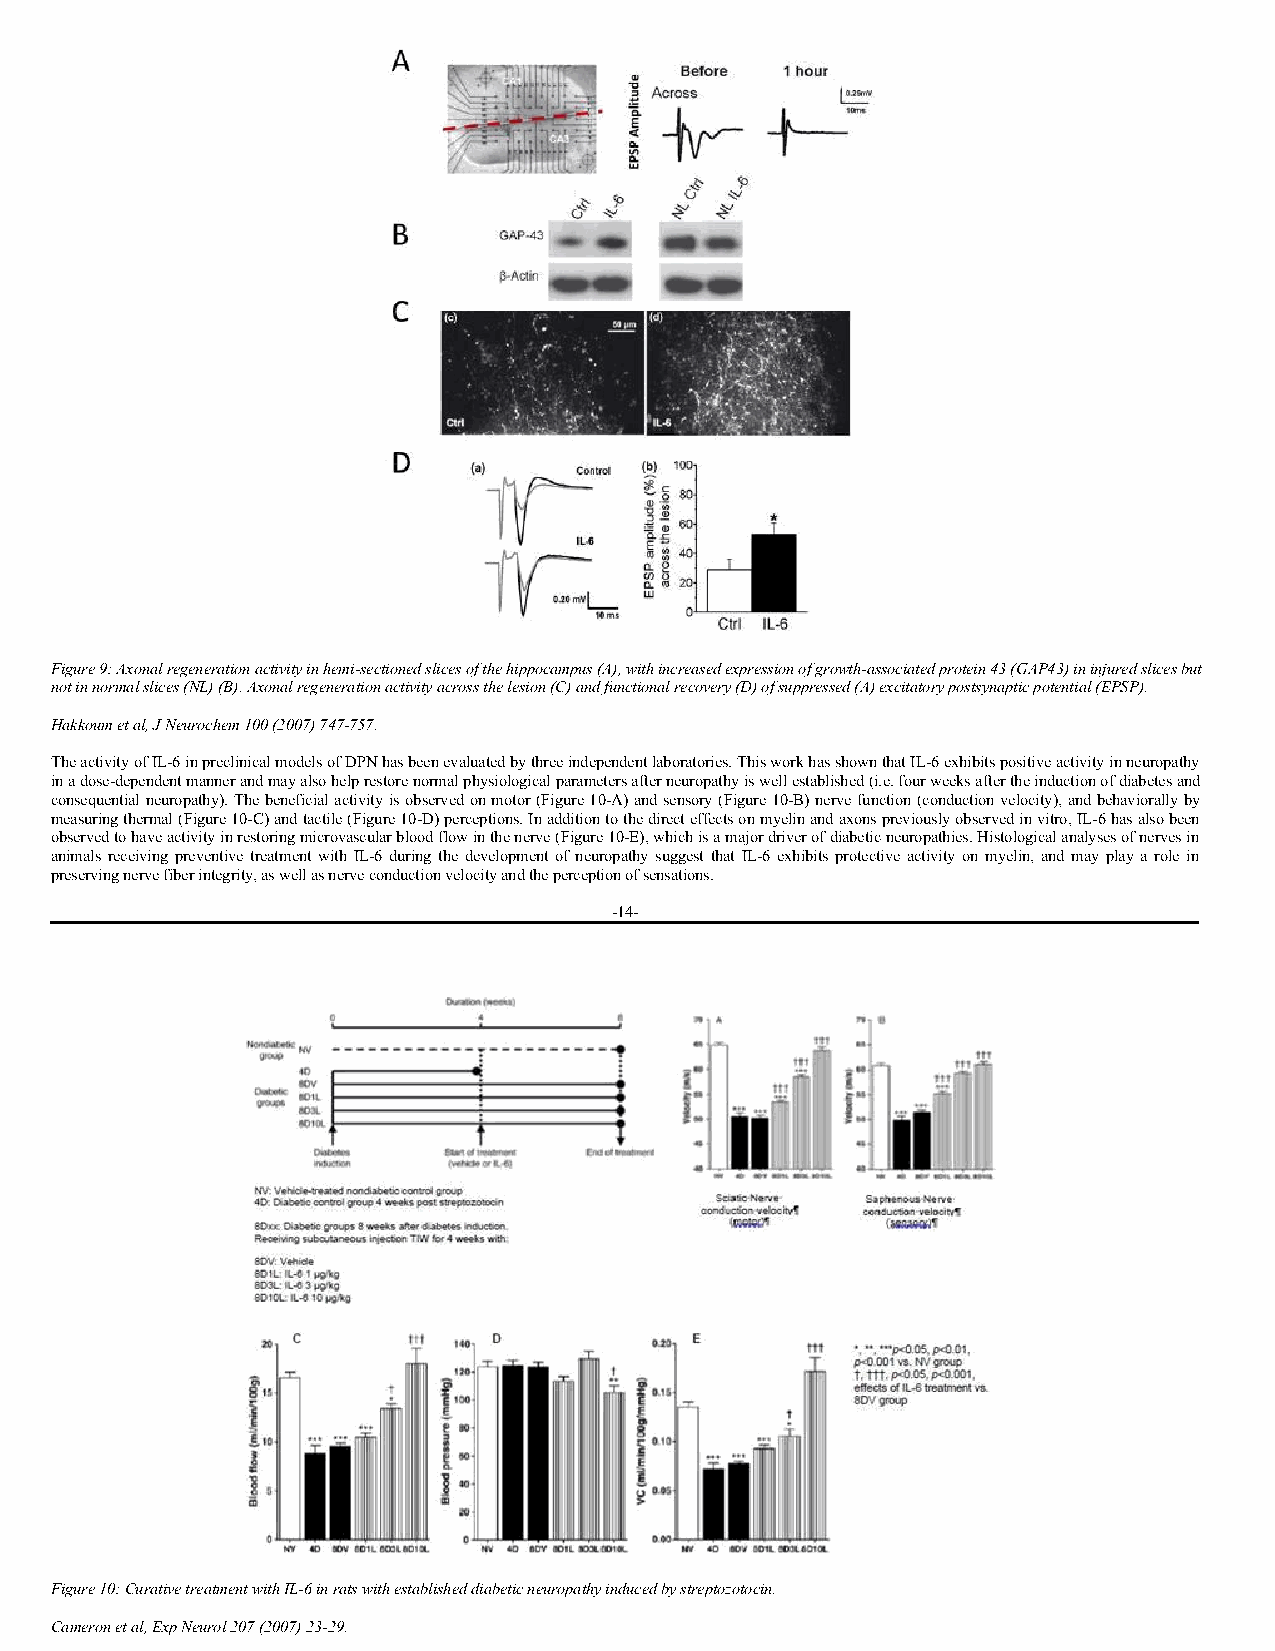
Figure 9: Axonal regeneration activity in hemi-sectioned slices of the hippocampus (A), with increased expression of growth-associated protein 43 (GAP43) in injured slices but
 not in normal slices (NL) (B). Axonal regeneration activity across the lesion (C) and functional recovery (D) of suppressed (A) excitatory postsynaptic potential (EPSP).
 Hakkoum et al, J Neurochem 100 (2007) 747-757.
 The activity of IL-6 in preclinical models of DPN has been evaluated by three independent laboratories. This work has shown that IL-6 exhibits positive activity in neuropathy
 in a dose-dependent manner and may also help restore normal physiological parameters after neuropathy is well established (i.e. four weeks after the induction of diabetes and
 consequential neuropathy). The beneficial activity is observed on motor (Figure 10-A) and sensory (Figure 10-B) nerve function (conduction velocity), and behaviorally by
 measuring thermal (Figure 10-C) and tactile (Figure 10-D) perceptions. In addition to the direct effects on myelin and axons previously observed in vitro, IL-6 has also been
 observed to have activity in restoring microvascular blood flow in the nerve (Figure 10-E), which is a major driver of diabetic neuropathies. Histological analyses of nerves in
 animals receiving preventive treatment with IL-6 during the development of neuropathy suggest that IL-6 exhibits protective activity on myelin, and may play a role in
 preserving nerve fiber integrity, as well as nerve conduction velocity and the perception of sensations.
 -14-
 Figure 10: Curative treatment with IL-6 in rats with established diabetic neuropathy induced by streptozotocin.
 Cameron et al, Exp Neurol 207 (2007) 23-29.